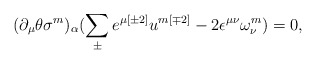
\begin{align*}(\partial _{\mu }\theta \sigma ^{{ m}})_{\alpha }(\sum^{}_{\pm } e^{\mu { [\pm 2]}} u^{{ m[\mp 2]}} -2 \epsilon ^{\mu \nu } \omega ^{{ m}}_{\nu }) = 0 ,\end{align*}